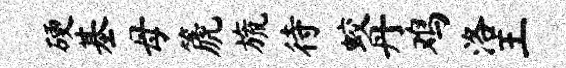
硬基母篪旒待蛟丹鸡洛王